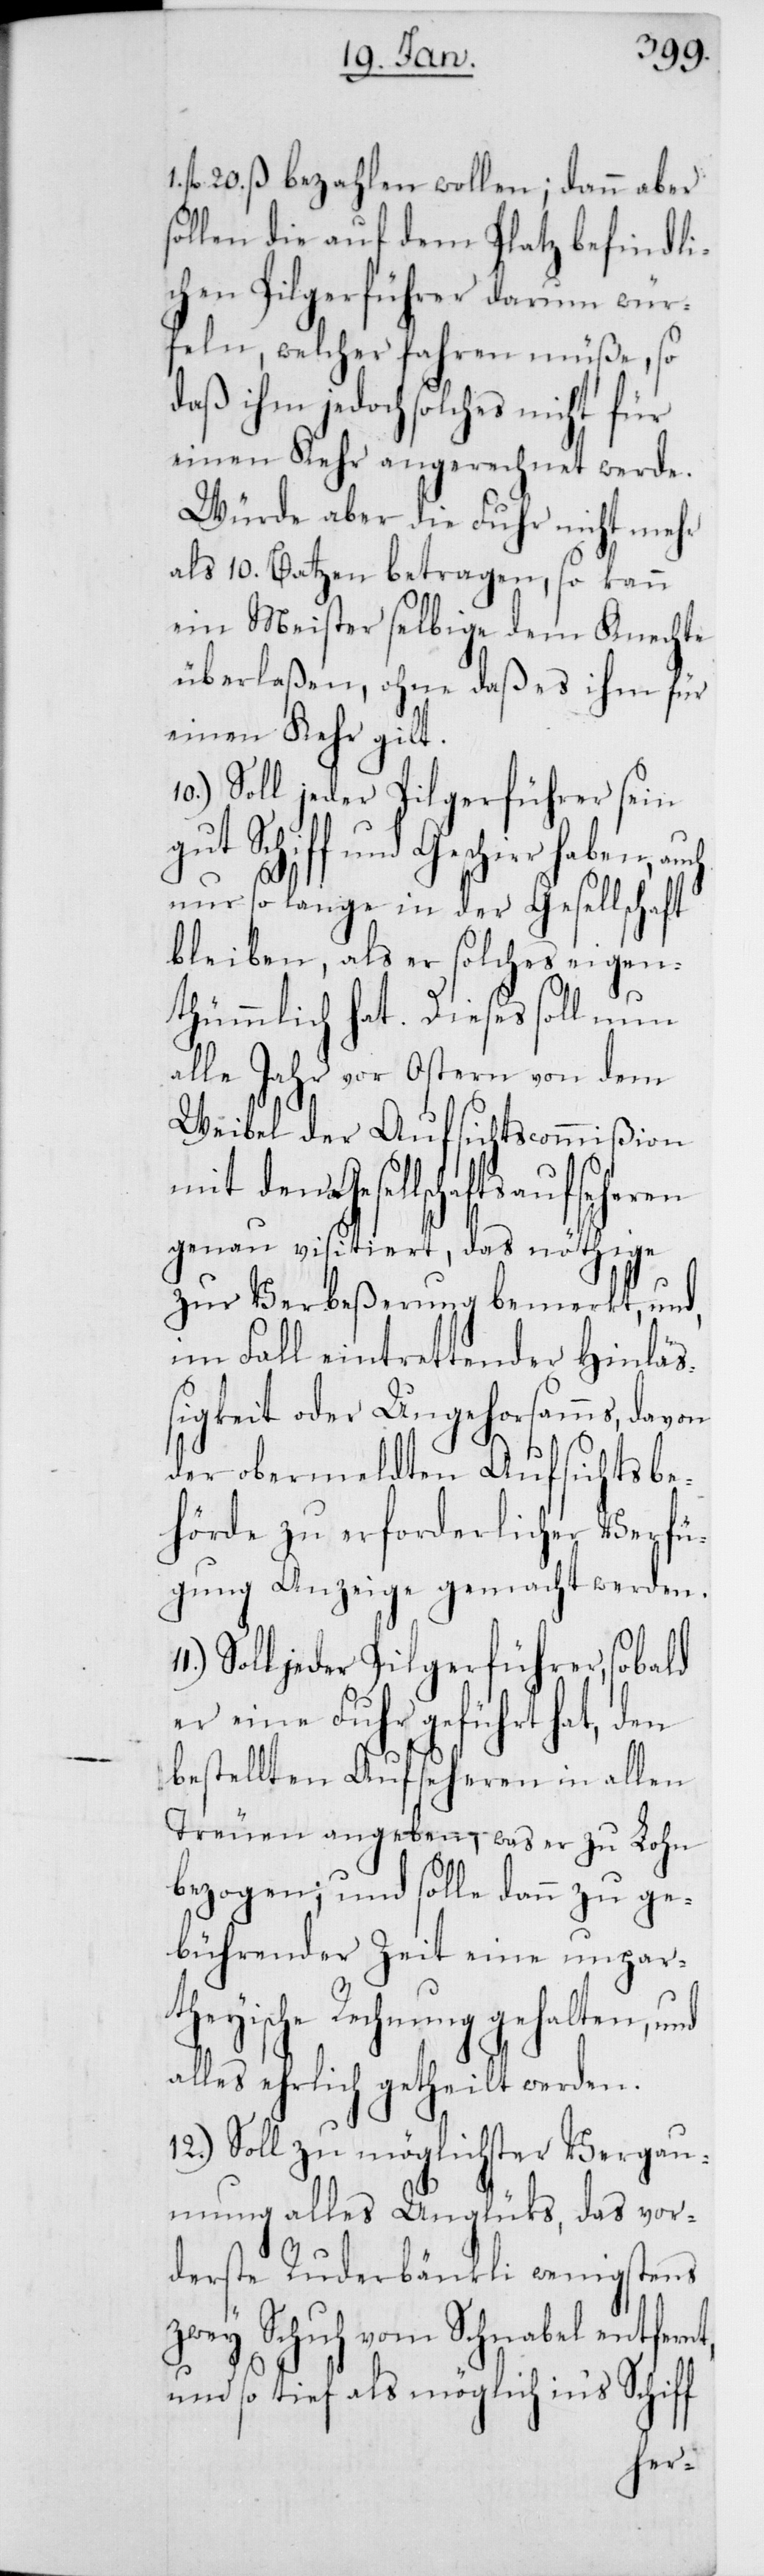
fl. 20. ß bezahlen wollen; dann aber
ollen die auf dem Platz befindli¬
chen Pilgerführer darum wür¬
feln, welcher fahren müße, so
daß ihm jedoch solches nicht für
einen Kehr angerechnet werde.
Würde aber die Fuhr nicht mehr
als 10. Batzen betragen, so kann
ein Meister selbige dem Knechte
überlaßen, ohne daß es ihm für
einen Kehr gilt.
Soll jeder Pilgerführer sein
gut Schiff und Geschirr haben, auch
s¬
nur so lange in der Gesellschaft
bleiben, als er solches eigen¬
thümmlich hat. Dieses soll nun
alle Jahr vor Ostern von dem
Weibel der Aufsichtscommißion
mit den Gesellschaftsaufseheren
genau visitiert, das nöthige
zur Verbeßerung bemerkt, und,
im Fall eintrettender Hinläß¬
igkeit oder Ungehorsamms, davon
der obermeldten Aufsichtsbe¬
hörde zu erforderlicher Verfü¬
gung Anzeige gemacht werden.
Soll jeder Pilgerführer, sobald
er eine Fuhr geführt hat, den
bestellten Aufseheren in allen
Treuen angeben, was er zu Lohn
bezogen; und solle dann zu ge¬
bührender Zeit eine unpar¬
theyische Rechnung gehalten, und
alles ehrlich getheilt werden.
12.) Soll zu möglichster Vergau¬
mung alles Unglücks, das vor¬
derste Ruderbänkli wenigstens
zwey Schuh vom Schnabel entfernt,
und so tief als möglich in‘s Schiff